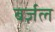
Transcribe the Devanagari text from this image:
बर्ज़ल